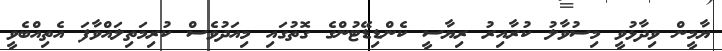
ޔާމީން ވިދާޅުވީ މިސުވާލު ކުރާއިރު ރިޔާސީ ކެންޑިޑޭޓުންގެ ގޮތުގައި މިއަދުވެސް ކުރިމަތިލައްވާފަ އެތިއްބެވީ